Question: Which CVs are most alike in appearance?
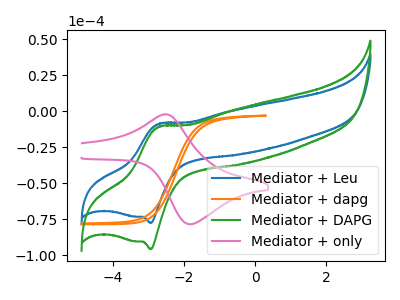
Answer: <think>The blue curve "Mediator + Leu" has an anodic peak at (-2.70V, -8.75uA) and a cathodic peak at (-2.95V, -77.70uA). The orange curve "Mediator + dapg" has no peaks. The green curve "Mediator + DAPG" has an anodic peak at (-2.70V, -10.80uA) and a cathodic peak at (-2.95V, -95.90uA). The pink curve "Mediator + only" has an anodic peak at (-2.55V, -2.20uA) and a cathodic peak at (-1.80V, -78.55uA).
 "Mediator + Leu" and "Mediator + dapg" have a different number of peaks. All the peaks in "Mediator + Leu" have a peak in "Mediator + DAPG" at the same potential. "Mediator + Leu" and "Mediator + only" have at least one peak that do not match. "Mediator + dapg" and "Mediator + DAPG" have a different number of peaks. "Mediator + dapg" and "Mediator + only" have a different number of peaks. "Mediator + DAPG" and "Mediator + only" have at least one peak that do not match.</think>
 <answer>"Mediator + Leu" and "Mediator + DAPG" have the same shape and are likely CV's of the same chemical.</answer>
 <eval>"Mediator + Leu" "Mediator + DAPG"</eval>